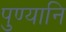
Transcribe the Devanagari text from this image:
पुण्यानि